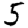
Digit: 5